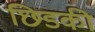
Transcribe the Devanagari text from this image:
छिडकी